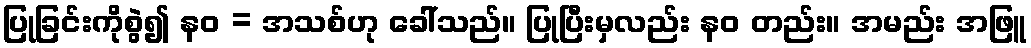
ပြုခြင်းကိုစွဲ၍ နဝ = အသစ်ဟု ခေါ်သည်။ ပြုပြီးမှလည်း နဝ တည်း။ အမည်း အဖြူ